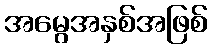
အမွေအနှစ်အဖြစ်